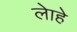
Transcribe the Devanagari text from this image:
लेाहे